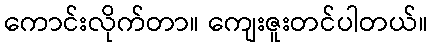
ကောင်းလိုက်တာ။ ကျေးဇူးတင်ပါတယ်။